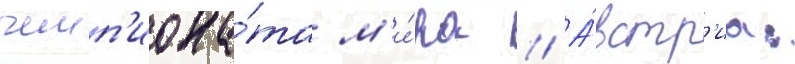
чемп'иона́та м'и́ра // А́встр'иа: